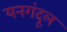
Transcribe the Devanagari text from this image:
यनगंदूल